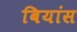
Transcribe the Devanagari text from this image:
बियांस